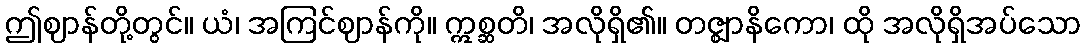
ဤဈာန်တို့တွင်။ ယံ၊ အကြင်ဈာန်ကို။ ဣစ္ဆတိ၊ အလိုရှိ၏။ တဇ္ဈာနိကော၊ ထို အလိုရှိအပ်သော